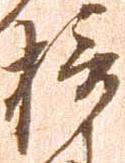
摂